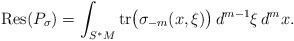
LaTeX: \begin{align*} \textrm{Res}(P_\sigma) =\int_{S^*M} \textrm{tr} \big (\sigma_{-m}(x, \xi) \big ) \, d^{m-1}\xi \, d^mx. \end{align*}